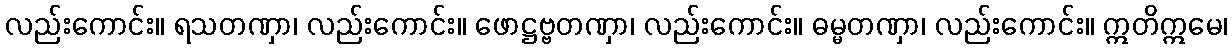
လည်းကောင်း။ ရသတဏှာ၊ လည်းကောင်း။ ဖောဋ္ဌဗ္ဗတဏှာ၊ လည်းကောင်း။ ဓမ္မတဏှာ၊ လည်းကောင်း။ ဣတိဣမေ၊